Civil Veterinary Department. Madras. Admin. report 1926-33 - 1926-1933
Year: 1926
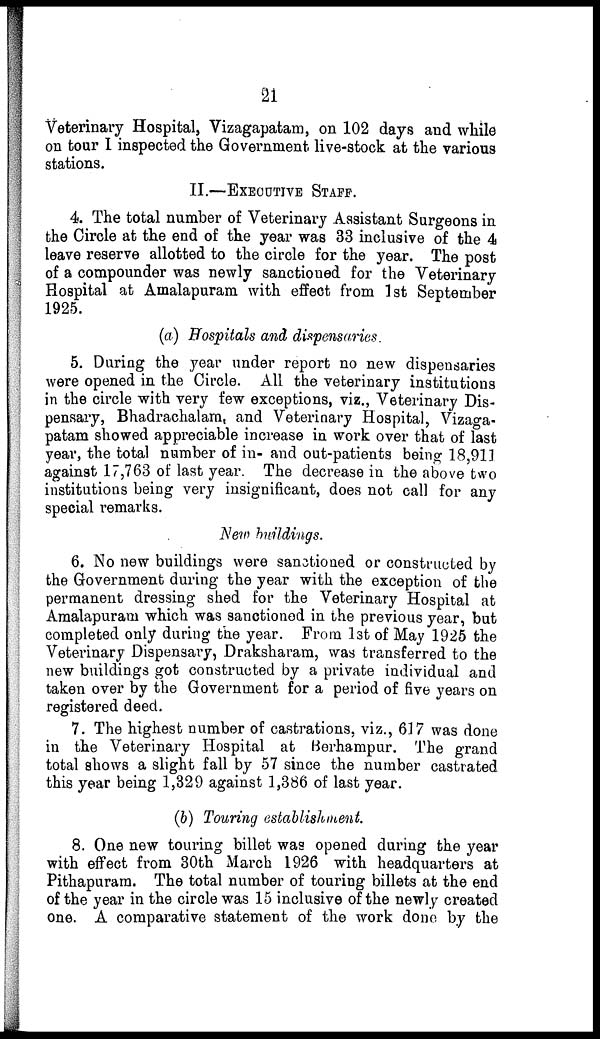
21
Veterinary Hospital, Vizagapatam, on 102 days and while
on tour I inspected the Government live-stock at the various
stations.
II.—EXECUTIVE STAFF.
4. The total number of Veterinary Assistant Surgeons in
the Circle at the end of the year was 33 inclusive of the 4
leave reserve allotted to the circle for the year. The post
of a compounder was newly sanctioned for the Veterinary
Hospital at Amalapuram with effect from 1st September
1925.
(a) Hospitals and dispensaries.
5. During the year under report no new dispeusaries
were opened in the Circle. All the veterinary institutions
in the circle with very few exceptions, viz., Veterinary Dis-
pensary, Bhadrachalam, and Veterinary Hospital, Vizaga-
patam showed appreciable increase in work over that of last
year, the total number of in- and out-patients being 18,91]
against 17,763 of last year. The decrease in the above two
institutions being very insignificant, does not call for any
special remarks.
New buildings.
6. No new buildings were sanctioned or constructed by
the Government during the year with the exception of the
permanent dressing shed for the Veterinary Hospital at
Amalapuram which was sanctioned in the previous year, but
completed only during the year. From l3t of May 1925 the
Veterinary Dispensary, Draksharam, was transferred to the
new buildings got constructed by a private individual and
taken over by the Government for a period of five years on
registered deed.
7. The highest number of castrations, viz., 617 was done
in the Veterinary Hospital at Berhampur. The grand
total shows a slight fall by 57 since the number castrated
this year being 1,329 against 1,386 of last year.
(b) Touring establishment.
8. One new touring billet was opened during the year
with effect from 30th March 1926 with headquarters at
Pithapurara. The total number of touring billets at the end
of the year in the circle was 15 inclusive of the newly created
one. A comparative statement of the work done by the